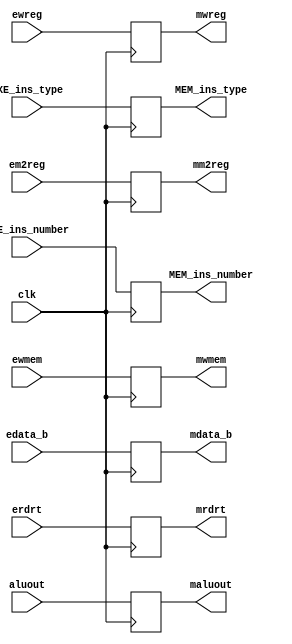
`timescale 1ns / 1ps

module Reg_EXE_MEM(clk,	ewreg,em2reg,ewmem,aluout,edata_b,erdrt, //inputs
							mwreg,mm2reg,mwmem,maluout,mdata_b,mrdrt, 
							EXE_ins_type, EXE_ins_number, MEM_ins_type, MEM_ins_number);
	input clk,ewreg,em2reg,ewmem;
	input [31:0]	aluout,edata_b;

	input [4:0]		erdrt;
	
	output mwreg,mm2reg,mwmem;
	output [31:0]	maluout,mdata_b;

	output [4:0]		mrdrt;
		
	input[3:0] EXE_ins_type;
	input[3:0]	EXE_ins_number;
	output[3:0] MEM_ins_type;
	output[3:0] MEM_ins_number;

	reg[3:0] MEM_ins_type;
	reg[3:0] MEM_ins_number;	
	reg mwreg,mm2reg,mwmem;
	reg [31:0]	maluout,mdata_b;
	reg [4:0]		mrdrt;

	
	always@(posedge clk) begin
		MEM_ins_type <= EXE_ins_type;
		MEM_ins_number <= EXE_ins_number;
		mwreg <= ewreg;
		mm2reg <= em2reg;
		mwmem <= ewmem;
		maluout <= aluout;
		mdata_b <= edata_b;
		mrdrt <= erdrt;
	end
endmodule